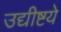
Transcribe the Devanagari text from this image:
उद्यीष्टये